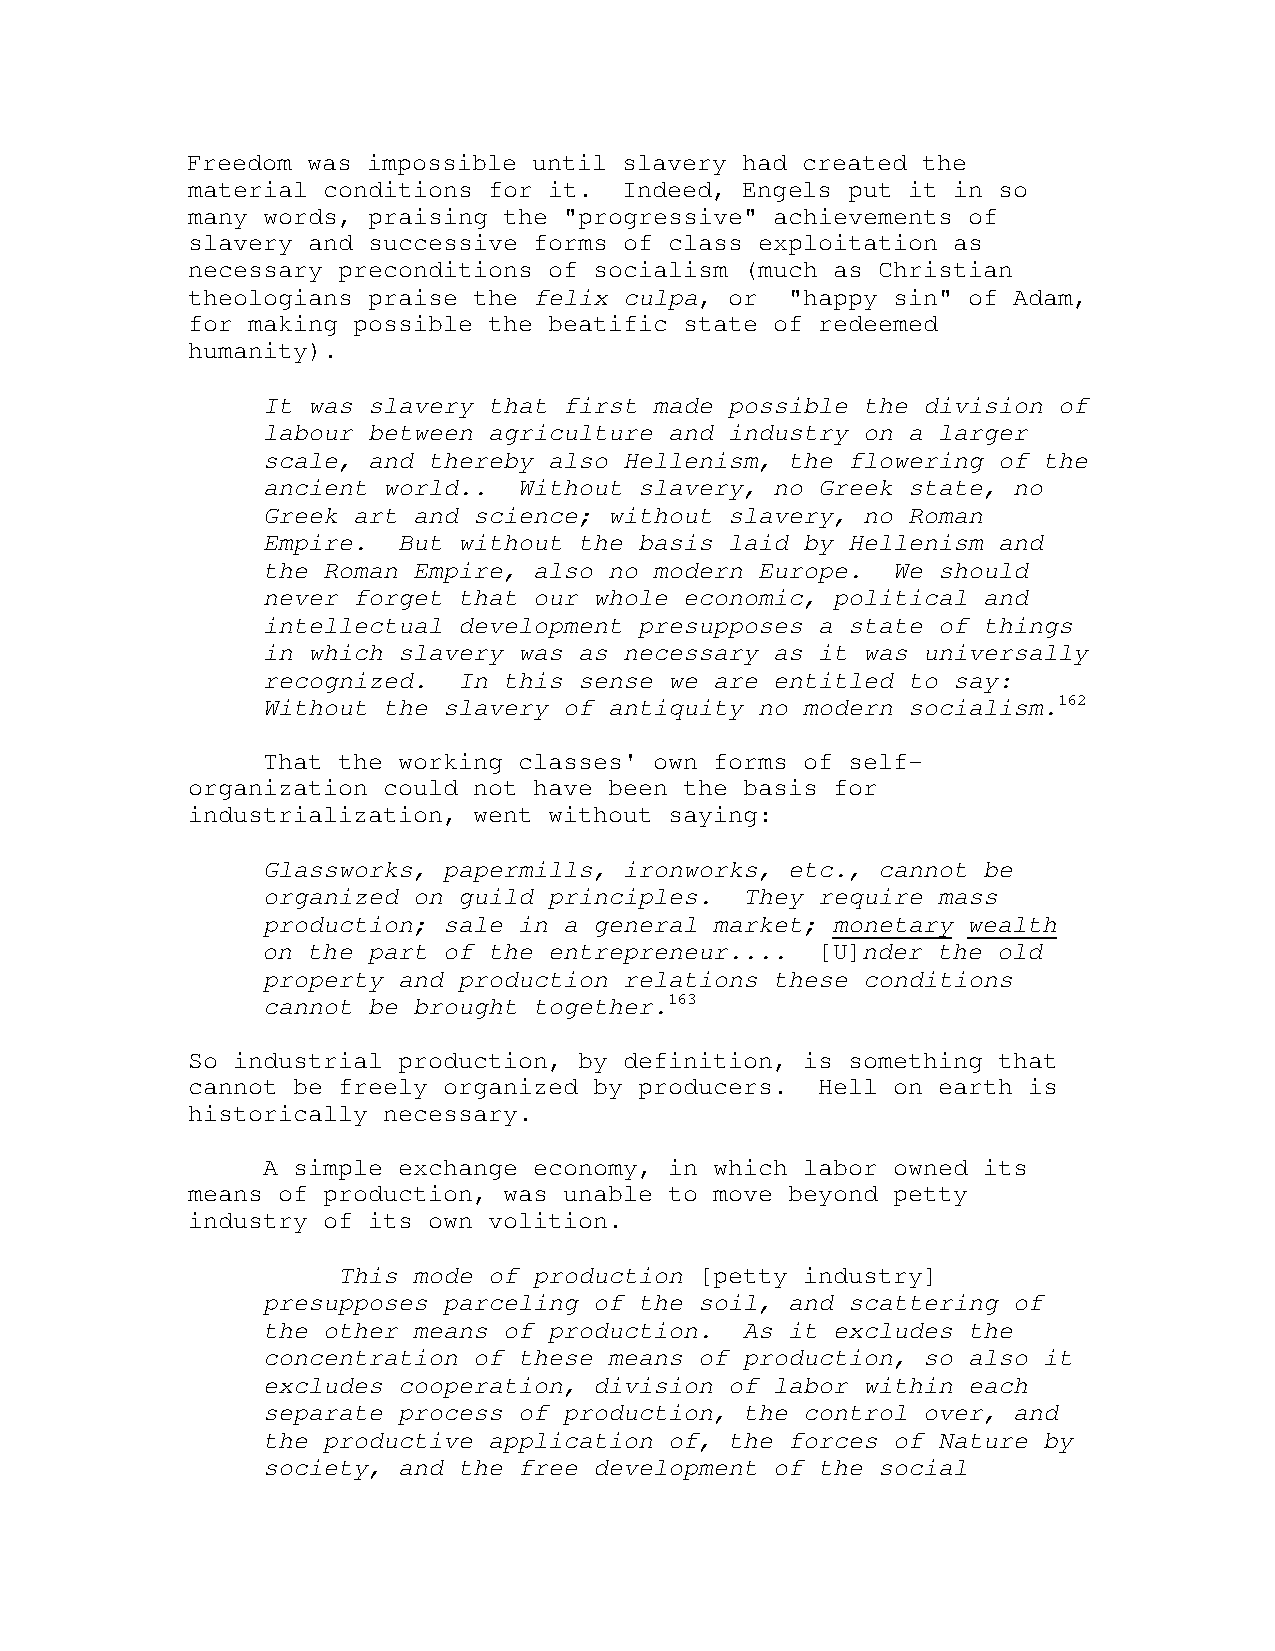
Freedom was impossible until slavery had created the
 material conditions for it.  Indeed, Engels put it in so
 many words, praising the "progressive" achievements of
 slavery and successive forms of class exploitation as
 necessary preconditions of socialism (much as Christian
 theologians praise the felix culpa, or  "happy sin" of Adam,
 for making possible the beatific state of redeemed
 humanity).
 It was slavery that first made possible the division of
 labour between agriculture and industry on a larger
 scale, and thereby also Hellenism, the flowering of the
 ancient world..  Without slavery, no Greek state, no
 Greek art and science; without slavery, no Roman
 Empire.  But without the basis laid by Hellenism and
 the Roman Empire, also no modern Europe.  We should
 never forget that our whole economic, political and
 intellectual development presupposes a state of things
 in which slavery was as necessary as it was universally
 recognized.  In this sense we are entitled to say:
 Without the slavery of antiquity no modern socialism.162
 That the working classes' own forms of self-
 organization could not have been the basis for
 industrialization, went without saying:
 Glassworks, papermills, ironworks, etc., cannot be
 organized on guild principles.  They require mass
 production; sale in a general market; monetary wealth
 on the part of the entrepreneur....  [U]nder the old
 property and production relations these conditions
 cannot be brought together.163
 So industrial production, by definition, is something that
 cannot be freely organized by producers.  Hell on earth is
 historically necessary.
 A simple exchange economy, in which labor owned its
 means of production, was unable to move beyond petty
 industry of its own volition.
 This mode of production [petty industry]
 presupposes parceling of the soil, and scattering of
 the other means of production.  As it excludes the
 concentration of these means of production, so also it
 excludes cooperation, division of labor within each
 separate process of production, the control over, and
 the productive application of, the forces of Nature by
 society, and the free development of the social